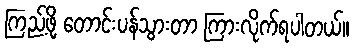
ကြည့်ဖို့ တောင်းပန်သွားတာ ကြားလိုက်ရပါတယ်။